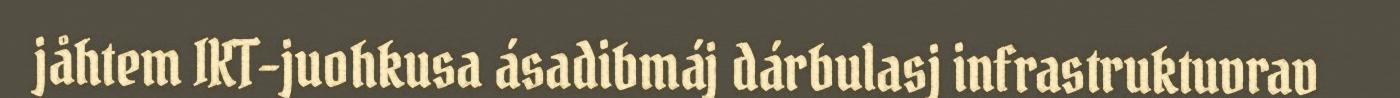
jåhtem IKT-juohkusa ásadibmáj dárbulasj infrastruktuvrav